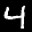
Label: 4